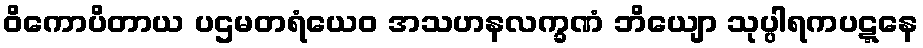
ဝိကောပိတာယ ပဌမတရံယေဝ အသဟနလက္ခဏံ ဘိယျော သုပ္ပါရကပဋ္ဋနေ